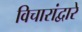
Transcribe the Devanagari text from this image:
विचारांद्वारे